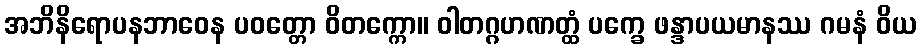
အဘိနိရောပနဘာဝေန ပဝတ္တော ဝိတက္ကော။ ဝါတဂ္ဂဟဏတ္ထံ ပက္ခေ ဖန္ဒာပယမာနဿ ဂမနံ ဝိယ